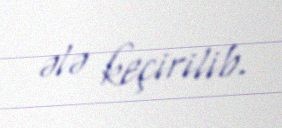
ələ keçirilib.